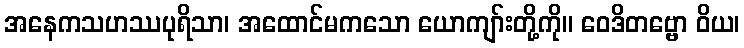
အနေကသဟဿပုရိသာ၊ အထောင်မကသော ယောကျာ်းတို့ကို။ ဝေဒိတဗ္ဗော ဝိယ၊